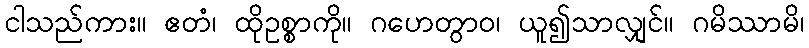
ငါသည်ကား။ ဧတံ၊ ထိုဥစ္စာကို။ ဂဟေတွာဝ၊ ယူ၍သာလျှင်။ ဂမိဿာမိ၊